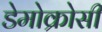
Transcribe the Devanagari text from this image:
डेमोक्रोसी